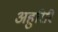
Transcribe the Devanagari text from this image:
अहुरिरि